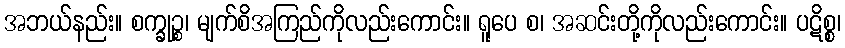
အဘယ်နည်း။ စက္ခုဉ္စ၊ မျက်စိအကြည်ကိုလည်းကောင်း။ ရူပေ စ၊ အဆင်းတို့ကိုလည်းကောင်း။ ပဋိစ္စ၊